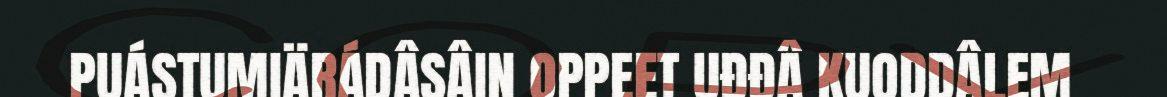
PUÁSTUMIÄRÁDÂSÂIN OPPEET UĐĐÂ KUODDÂLEM